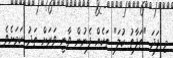
މި ފަދަ "ތަފާތު ކުލަ" ތަކެއް ފެނުން ވާނީ ވަރަށް ތަދު ކަމަށެވެ.